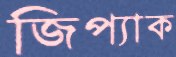
জিপ্যাক